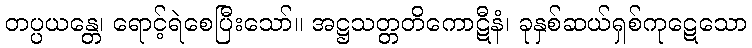
တပ္ပယန္တေ၊ ရောင့်ရဲစေပြီးသော်။ အဋ္ဌသတ္တတိကောဋီနံ၊ ခုနှစ်ဆယ်ရှစ်ကုဋေသော